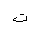
Letter: _ta